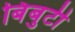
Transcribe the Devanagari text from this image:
बिंबुटी